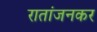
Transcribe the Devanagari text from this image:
रातांजनकर